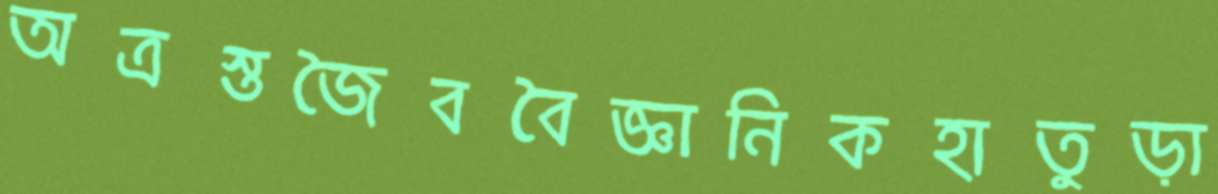
অত্রস্তজৈববৈজ্ঞানিকহাতুড়া